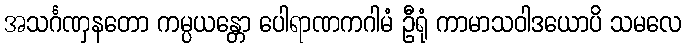
အသင်္ဂဏှနတော ကမ္ပယန္တော ပေါရာဏကဂါမံ ဦရုံ ကာမာသဝါဒယောပိ သမလေ